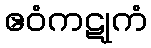
ဧဝံကဋုကံ